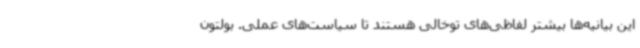
این بیانیه‌ها بیشتر لفاظی‌های توخالی هستند تا سیاست‌های عملی. بولتون